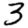
Digit: 3